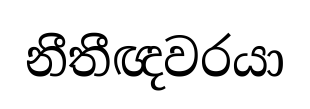
නීතීඥවරයා